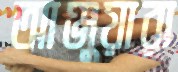
আঞ্জুয়ারা